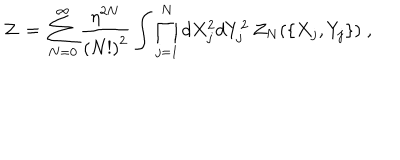
LaTeX: { \cal Z } \, = \, \sum _ { N = 0 } ^ { \infty } \frac { { \eta } ^ { 2 N } } { { ( N ! ) } ^ { 2 } } \int \prod _ { j = 1 } ^ { N } d X _ { j } ^ { 2 } d Y _ { j } ^ { 2 } \, { \cal Z } _ { N } ( \{ X _ { j } , Y _ { j } \} ) \; ,